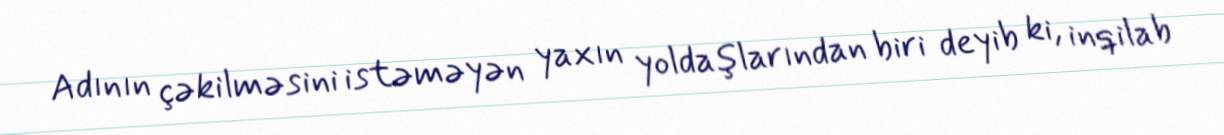
Adının çəkilməsini istəməyən yaxın yoldaşlarından biri deyib ki, inqilab